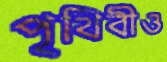
পৃথিবীও